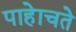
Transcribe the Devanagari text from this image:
पाहेाचते